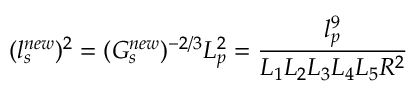
( l _ { s } ^ { n e w } ) ^ { 2 } = ( G _ { s } ^ { n e w } ) ^ { - 2 / 3 } L _ { p } ^ { 2 } = \frac { l _ { p } ^ { 9 } } { L _ { 1 } L _ { 2 } L _ { 3 } L _ { 4 } L _ { 5 } R ^ { 2 } }